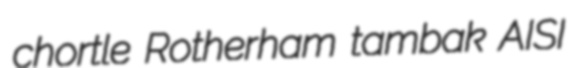
chortle Rotherham tambak AISI